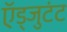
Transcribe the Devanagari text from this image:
ऍड्जुटंट